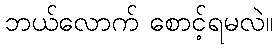
ဘယ်လောက် စောင့်ရမလဲ။